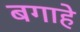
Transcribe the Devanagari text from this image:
बगाहे